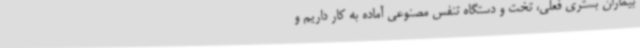
بیماران بستری فعلی، تخت و دستگاه تنفس مصنوعی آماده به کار داریم و